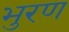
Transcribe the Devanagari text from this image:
भुरण